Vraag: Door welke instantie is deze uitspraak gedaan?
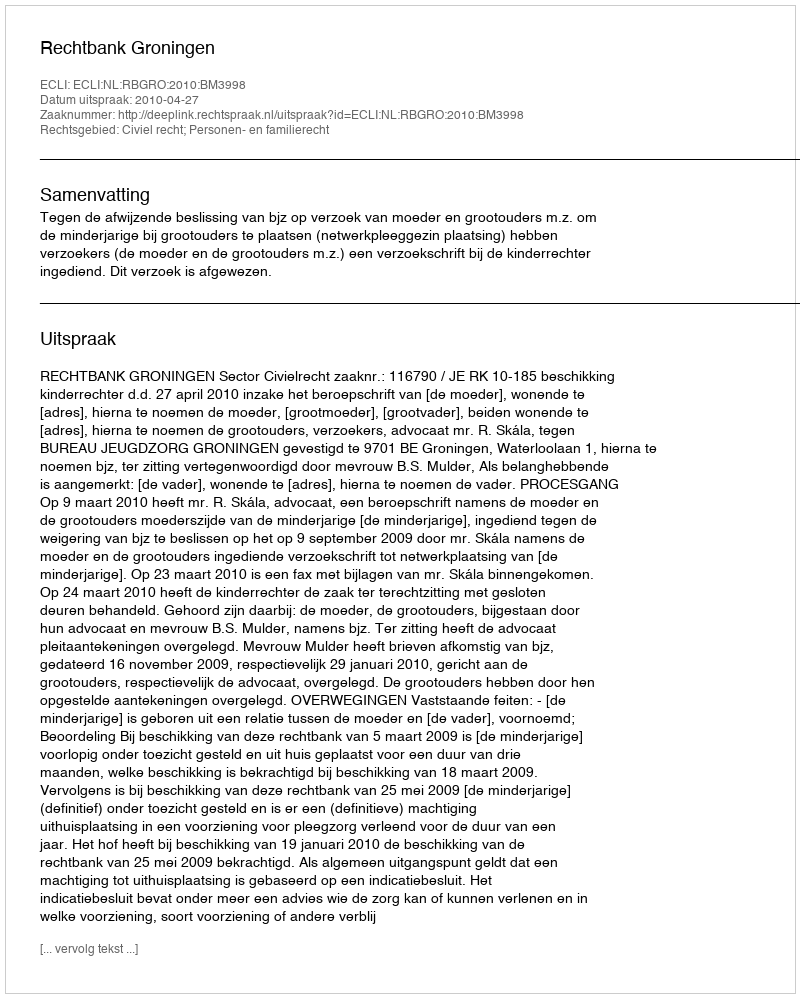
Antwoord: Rechtbank Groningen